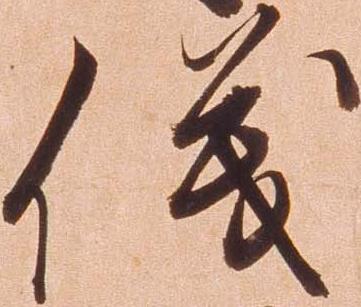
儀